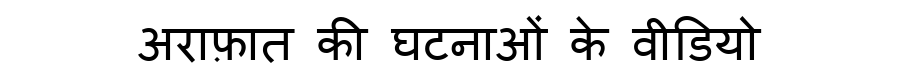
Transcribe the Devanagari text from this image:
अराफ़ात की घटनाओं के वीडियो